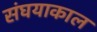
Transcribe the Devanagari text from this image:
संघयाकाल